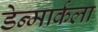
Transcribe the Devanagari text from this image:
डेन्मार्कला